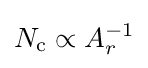
N_{\mathrm {c} }\propto A_{r}^{-1}